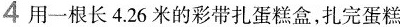
4 用一根长4.26米的彩带扎蛋糕盒，扎完蛋糕